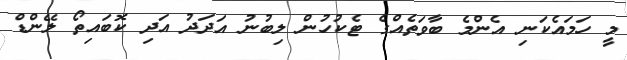
މީ ހަމައެކަނި އެންމެ ބާވަތެއްގެ ޓެކުހުން ލިބުނު އަދަދު އަދި ކޮބައިތޯ ލޭންޑް